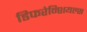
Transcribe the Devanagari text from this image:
डिफरेन्शियल्स